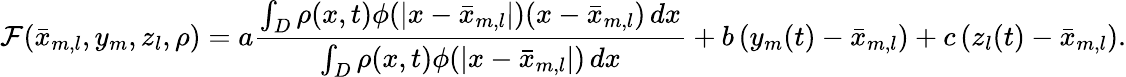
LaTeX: \mathcal{F}(\bar{x}_{m,l},y_{m},z_{l},\rho)=a\frac{\int_{D}\rho(x,t)\phi(|x-\bar{x}_{m,l}|)(x-\bar{x}_{m,l})\, dx}{\int_{D}\rho(x,t)\phi(|x-\bar{x}_{m,l}|)\, dx}+b\, (y_{m}(t)-\bar{x}_{m,l})+c\, (z_{l}(t)-\bar{x}_{m,l}).